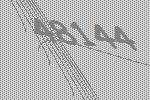
48144